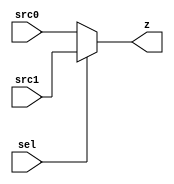
module mux_n (sel, src0, src1, z);
  parameter n=5;
  input  sel;
  input [n-1:0] src0;
  input [n-1:0] src1;
  output reg [n-1:0] z;
  

  always @(sel or src0 or src1)
      begin
        if (sel == 1'b0) z <= src0;
        else z <= src1;
      end
   
endmodule